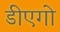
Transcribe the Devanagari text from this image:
डीएगो